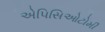
એપિસિઓટોમી